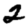
Digit: 2